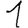
Digit: 1